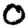
Digit: 0